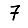
Digit: 7